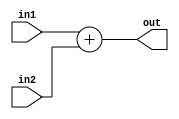
`timescale 1ns / 1ps


module adder #(parameter data_width = 32)(
    input [data_width-1:0] in1,
    input [data_width-1:0] in2,
    output wire [data_width-1:0] out
);
    assign out = in1 + in2;
endmodule

module ALU #(parameter data_width = 32, ctrlLen = 4)(
    input [data_width-1:0] in1,
    input [data_width-1:0] in2,
    input [ctrlLen-1:0] ALUctrl,
    output reg [data_width-1:0] ALUResult,
    output wire zero
);
    assign zero = (ALUResult == 0)? 1:0;
    always @(in1, in2, ALUctrl) begin
        case(ALUctrl)
            4'h0: ALUResult = in1 & in2; // and
            4'h1: ALUResult = in1 | in2; // or
            4'h2: ALUResult = in1 + in2; //add
            4'h3: ALUResult = in1 - in2; //sub
            4'h4: ALUResult = (in1 == in2); // bne
            4'h5: ALUResult = in1 << in2; // sll
            4'h6: ALUResult = in1 >> in2; // srl
            4'h7: ALUResult = ($signed(in1)) >>> in2; //sra
            4'h8: ALUResult = ($signed(in1) < $signed(in2))? 0:1; // blt
            4'h9: ALUResult = ($signed(in1) < $signed(in2))? 1:0; // bge
            default: ALUResult = 0;                
        endcase
    end
endmodule

module ALUcontrol #(parameter len = 4)(
    input [1:0] ALUOp,
    input [len-1:0] inst,
    output reg [len-1:0] ctrl
);
    always @(ALUOp, inst) begin
        ctrl <= 0;
        case(ALUOp)
            2'b00: ctrl <= 4'h2; // lw, sw, jal
            2'b01: begin
                case(inst[len-2:0])
                    3'b000: ctrl <= 4'h3; // beq
                    3'b001: ctrl <= 4'h4; // bne
                    3'b100: ctrl <= 4'h8; // blt
                    3'b101: ctrl <= 4'h9; // bge
                endcase
            end
            2'b10: begin
                case(inst[2:0])
                    3'b000: ctrl <= (inst[3])? 4'h3 : 4'h2; // sub, add
                    3'b111: ctrl <= 4'h0; // and
                    3'b110: ctrl <= 4'h1; // or
                    3'b001: ctrl <= 4'h5; // sll
                    3'b101: ctrl <= (inst[3])? 4'h7 : 4'h6; // sra, srl
                endcase
            end
            2'b11: begin
                case (inst[2:0])
                    3'b000: ctrl <= 4'h2; // addi
                    3'b111: ctrl <= 4'h0; // andi
                    3'b001: ctrl <= 4'h5; // slli
                    3'b101: ctrl <= (inst[3])? 4'h7 : 4'h6; // srai, srli
                endcase
            end
        endcase
    end
endmodule

module branch_compare #(parameter data_width = 32)(
    input [data_width-1:0] Rdata1,
    input [data_width-1:0] Rdata2,
    input Branch,
    input [2:0] funct3,
    output reg en
);
    initial begin en = 0; end
    always @(*) begin
        if (Branch == 0) begin en <= 0; end
        else begin
            case (funct3)
                3'b000: en <= (Rdata1 == Rdata2)? 1:0; // beq
                3'b001: en <= (Rdata1 == Rdata2)? 0:1; // bne
                3'b100: en <= (Rdata1 < Rdata2)? 1:0; // blt
                3'b101: en <= (Rdata1 < Rdata2)? 0:1; // bge
            endcase
        end
    end
endmodule

module branch_forward #(parameter addr_width = 8)(
    input Branch,
    input [addr_width-1:0] rs1,
    input [addr_width-1:0] rs2,
    input [addr_width-1:0] MEM_rd,
    input MEM_RegWrite,
    input MEM_MemRead,
    input [addr_width-1:0] EX_rd,
    input EX_RegWrite,
    output reg forward_1,
    output reg forward_2,
    output reg stall
);
    initial begin forward_1 = 0; forward_2 = 0; stall = 0; end
    always @(*) begin
        if (Branch == 1) begin
            forward_1 = ((MEM_rd == rs1) & MEM_RegWrite & ~MEM_MemRead);
            forward_2 = ((MEM_rd == rs2) & MEM_RegWrite & ~MEM_MemRead);
            stall = (MEM_RegWrite & MEM_MemRead & (MEM_rd == rs1 | MEM_rd == rs2)) | (EX_RegWrite & (EX_rd == rs1 | EX_rd == rs2));
        end 
        else begin {forward_1, forward_2, stall} = 3'b000; end
    end

endmodule

module Control(
    input [6:0] Ctrlin,
    input [2:0] funct3,
    output wire ALUSrc,
    output wire [1:0] ALUOp,
    output wire MemWrite,
    output wire MemRead,
    output wire RegWrite,
    output wire Branch,
    output wire MemtoReg,
    output wire WdataSrc,
    output wire RdataSrc,
    output wire storeType,
    output wire [1:0] loadType
);
    reg [12:0] bus = 0;
    assign {ALUSrc, ALUOp, MemWrite, MemRead, Branch, MemtoReg, RegWrite, WdataSrc, RdataSrc, storeType, loadType} = bus;
    always @(*) begin
        case(Ctrlin)
            7'b0110011: bus <= 13'b0100000100000; // add, sub, and, or, sll, srl
            7'b0010011: bus <= 13'b1110000100000; // addi, andi, slli
            7'b0000011: begin //lw
                case (funct3)
                    3'b000: bus <= 13'b1000101100001; //lb
                    3'b100: bus <= 13'b1000101100010; //lbu
                    default: bus <= 13'b1000101100000; //lw
                endcase
            end
            7'b0100011: begin //sw
                case (funct3)
                    3'b000: bus<= 13'b1001000000100; //sb
                    default: bus <= 13'b1001000000000; //sw
                endcase       
            end     
            7'b1100011: bus <= 13'b0010010000000; // beq, bne, bge, blt
            7'b1100111: bus <= 13'b0000010001000; // jalr
            7'b1101111: bus <= 13'b1000010110000; // jal
            default: bus <= 0;
        endcase
    end
endmodule

module DataMem #(parameter addr_width=32, data_width=32, memNum = 12)(
    input MemWrite,
    input MemRead,
    input [addr_width-1:0] addr,
    input [data_width-1:0] Wdata,
    input clk,
    input storeType,
    input [1:0] loadType,
    output reg [data_width-1:0] Rdata
);
    // To-Do: change
    localparam regNum = 1 << memNum;
    reg [7:0] dataMem [regNum-1:0];
    integer i;
    initial begin for(i=0;i<regNum;i=i+1) dataMem[i] = 0; end
    always @(negedge clk) begin
        if (MemRead == 0) Rdata <= 0;
        else begin
            case(loadType)
                2'b00: Rdata <= {dataMem[addr+3], dataMem[addr+2], dataMem[addr+1], dataMem[addr]}; // lw
                2'b01: Rdata <= {{24{dataMem[addr][7]}}, dataMem[addr]}; //lb
                2'b10: Rdata <= {24'b0, dataMem[addr]}; //lbu
                default: Rdata <= 0;                    
            endcase
        end
    end
    always @(posedge clk) begin
        if (MemWrite == 1'b1) begin 
            if (storeType == 1'b1) dataMem[addr] <= Wdata[7:0]; //sb
            else begin
                {dataMem[addr+3], dataMem[addr+2], dataMem[addr+1], dataMem[addr]} <= Wdata;
            end //sw
        end
    end
endmodule

module forward_mux #(parameter data_width = 32)(
    input [data_width-1:0] Rdata,
    input [data_width-1:0] MEM_Wdata,
    input [data_width-1:0] WB_Wdata,
    input [1:0] sel,
    output reg [data_width-1:0] out
);
    always @(*) begin
        case (sel)
            2'b10: out <= MEM_Wdata;
            2'b01: out <= WB_Wdata;
            default: out <= Rdata;
        endcase
    end
endmodule

module forward_unit #(parameter addr_width = 8)(
    input [addr_width-1:0] rs1,
    input [addr_width-1:0] rs2,
    input [addr_width-1:0] MEM_rd,
    input [addr_width-1:0] WB_rd,
    input MEM_RegWrite,
    input WB_RegWrite,
    output reg [1:0] forward_A,
    output reg [1:0] forward_B 
);
    initial begin forward_A = 0; forward_B = 0; end
    always @(*) begin
        if (MEM_RegWrite == 1'b1 & MEM_rd != 0 & MEM_rd == rs1) begin forward_A <= 2'b10; end
        else if (WB_RegWrite == 1'b1 & WB_rd != 0 & WB_rd == rs1) begin forward_A <= 2'b01; end
        else begin forward_A <= 0; end
    end
    always @(*) begin
        if (MEM_RegWrite == 1'b1 & MEM_rd != 0 & MEM_rd == rs2) begin forward_B <= 2'b10; end
        else if (WB_RegWrite == 1'b1 & WB_rd != 0 & WB_rd == rs2) begin forward_B <= 2'b01; end
        else begin forward_B <= 0; end
    end
endmodule

module hazard_unit #(parameter addr_width = 8)(
    input clk,
    input [addr_width-1:0] rs1,
    input [addr_width-1:0] rs2,
    input [addr_width-1:0] EX_rd,
    input EX_MemRead,
    output reg PCWrite,
    output reg IF_ID_Write,
    output reg hazard
);
    initial begin PCWrite = 1; IF_ID_Write = 1; hazard = 0; end
    always @(negedge clk) begin
        if (EX_MemRead == 1 & EX_rd != 0 & (rs1 == EX_rd | rs2 == EX_rd)) begin
            {PCWrite, IF_ID_Write, hazard} <= 3'b001;
        end
        else begin {PCWrite, IF_ID_Write, hazard} <= 3'b110; end
    end
endmodule

module ImmGen(
    input [31:0] M, 
    output reg [31:0] imm
);
    always @(M) begin
        if (M[6:0] == 7'h03 || M[6:0] == 7'h0f || M[6:0] == 7'h13 || M[6:0] == 7'h67 || M[6:0] == 7'h73) begin
            imm <= {{21{M[31]}}, M[30:20]}; // I-type
        end
        else if (M[6:0] == 7'h23) begin
            imm <= {{21{M[31]}}, M[30:25], M[11:7]}; // S-type
        end
        else if (M[6:0] == 7'h63) begin
            imm <= {{21{M[31]}}, M[7], M[30:25], M[11:8]}; // B-type
        end
        else if (M[6:0] == 7'h17 || M[6:0] == 7'h37) begin
            imm <= {{13{M[31]}}, M[30:12]}; // U-type
        end
        else if (M[6:0] == 7'h6f) begin
            imm <= {{13{M[31]}}, M[19:12], M[20], M[30:21]}; // J-type
        end
        else begin imm <= 0; end
    end
endmodule

module InstrMem #(parameter instrNum=8, addr_width=8, instr_width=32)(
    input [instr_width-1:0] addr,
    output reg [instr_width-1:0] instruction
);
    localparam regNum = 1 << instrNum;
    reg [instr_width-1:0] instrMem [regNum-1:0];
    integer i;
    initial begin 
        for (i=0;i<regNum;i=i+1) begin instrMem[i] = 0; end
        $readmemb("./test.txt", instrMem);
        instruction = 0;
    end
    always @(*) begin instruction = instrMem[addr >> 2]; end
endmodule

module SubInstr #(parameter addr_width=8, instr_width=32)(
    input [instr_width-1:0] instruction,
    output wire [addr_width-1:0] Raddr1,
    output wire [addr_width-1:0] Raddr2,
    output wire [addr_width-1:0] Waddr,
    output wire [6:0] opcode,
    output wire [3:0] ALUin,
    output wire [2:0] funct3
);
    assign opcode = instruction[6:0];
    assign ALUin = {instruction[30], instruction[14:12]};
    assign Raddr1 = instruction[19:15];
    assign Raddr2 = instruction[24:20];
    assign Waddr = instruction[11:7];
    assign funct3 = instruction[14:12];
endmodule

module mux_2_to_1 #(parameter data_width = 32)(
    input [data_width-1:0] in1,
    input [data_width-1:0] in2,
    input sel,
    output [data_width-1:0] out 
);
    assign out = (sel==0)? in1 : in2;
endmodule

module PC #(parameter addr_width = 32)(
    input [addr_width-1:0] nextPC,
    input clk,
    input en,
    output reg [addr_width-1:0] addr
);
    initial begin addr <= 0; end
    always @(posedge clk) begin if (en) addr <= nextPC; end
endmodule

module Register #(parameter addr_width = 8, data_width = 32)(
    input [addr_width-1:0] Raddr1,
    input [addr_width-1:0] Raddr2, 
    input [addr_width-1:0] Waddr,
    input [data_width-1:0] Wdata,
    input clk,
    input RegWrite,
    output reg [data_width-1:0] Rdata1,
    output reg [data_width-1:0] Rdata2
);
    localparam regNum = 1 << addr_width;
    reg [data_width-1:0] register [regNum-1:0];
    integer i;
    initial begin for(i=0;i<regNum;i=i+1) register[i] = 0; end

    always @(posedge clk) begin 
        if (RegWrite == 1'b1 & Waddr != 0) register[Waddr] <= Wdata; 
    end
    always @(negedge clk) begin
        Rdata1 = (RegWrite == 1 & Waddr == Raddr1)? Wdata:register[Raddr1]; 
        Rdata2 = (RegWrite == 1 & Waddr == Raddr2)? Wdata:register[Raddr2];
    end
endmodule

module shifter #(parameter data_width=32)(
    input [data_width-1:0] imm,
    output wire [data_width-1:0] out
);
    assign out = imm << 1;
endmodule

module state_register #(parameter length = 13)(
    input [length-1:0] in,
    input clk,
    input en,
    input clr,
    output reg [length-1:0] out
);
    initial begin out = 0; end
    always @(posedge clk) begin 
        if (en & ~clr) out <= in; 
        else out <= 0;
    end
endmodule

module top #(
    parameter data_width = 32,
    parameter addr_width = 8,
    parameter instr_width = 32,
    parameter len = 4
)(input clk);

    // IF:
    wire [instr_width-1:0] out1;
    wire [instr_width-1:0] out2;
    wire PCsrc;
    wire [instr_width-1:0] potentialPC;
    wire [instr_width-1:0] nextPC;
    wire [instr_width-1:0] addr;
    wire [instr_width-1:0] instruction;
    
    // ID:
    wire [instr_width-1:0] ID_addr;
    wire [instr_width-1:0] ID_instruction;
    wire [instr_width-1:0] ID_out1;
    wire [addr_width-1:0] Raddr1;
    wire [addr_width-1:0] Raddr2;
    wire [addr_width-1:0] Waddr;
    wire [6:0] opcode;
    wire [3:0] ALUin;
    wire [2:0] funct3;
    wire Branch;
    wire [instr_width-1:0] imm;
    wire [addr_width-1:0] WB_Waddr;
    wire MemRead;
    wire MemtoReg;
    wire [1:0] ALUOp;
    wire MemWrite;
    wire ALUSrc;
    wire RegWrite;
    wire WB_RegWrite;
    wire WdataSrc;
    wire RdataSrc;
    wire storeType;
    wire [1:0] loadType;
    wire [data_width-1:0] WdataReg;
    wire [data_width-1:0] Rdata1;
    wire [data_width-1:0] Rdata2;
    wire [data_width-1:0] rs1_data;
    wire [data_width-1:0] rs2_data;
    wire PCWrite;
    wire IF_ID_Write;
    wire hazard;
    wire [11:0] control_signal;
    wire [11:0] ID_EX_control;
    wire en;
    wire IF_ID_en;
    wire IF_ID_clr;
    wire forward_1;
    wire forward_2;
    wire [instr_width-1:0] temp;
    wire branch_stall;

    // EX:
    wire [instr_width-1:0] EX_imm;
    wire [instr_width-1:0] EX_out1;
    wire zero;
    wire [instr_width-1:0] EX_addr;
    wire [3:0] EX_ALUin;
    wire [addr_width-1:0] EX_Waddr;
    wire EX_MemRead;
    wire EX_MemtoReg;
    wire [1:0] EX_ALUOp;
    wire EX_MemWrite;
    wire EX_ALUSrc;
    wire EX_RegWrite;
    wire EX_WdataSrc;
    wire EX_RdataSrc;
    wire EX_storeType;
    wire [1:0] EX_loadType;
    wire [data_width-1:0] EX_Rdata1;
    wire [data_width-1:0] EX_Rdata2;
    wire [data_width-1:0] in2;
    wire [len-1:0] ctrl;
    wire [data_width-1:0] ALUResult;
    wire [1:0] forward_A;
    wire [1:0] forward_B;
    wire [data_width-1:0] ALU_in1;
    wire [data_width-1:0] ALU_in2;
    wire [addr_width-1:0] EX_Raddr1;
    wire [addr_width-1:0] EX_Raddr2;

    // MEM:
    wire [instr_width-1:0] MEM_out1;
    wire [addr_width-1:0] MEM_Waddr;
    wire MEM_MemRead;
    wire MEM_MemtoReg;
    wire MEM_MemWrite;
    wire MEM_RegWrite;
    wire MEM_WdataSrc;
    wire MEM_RdataSrc;
    wire MEM_storeType;
    wire [1:0] MEM_loadType;
    wire [data_width-1:0] MEM_Rdata1;
    wire [data_width-1:0] MEM_Rdata2;
    wire [data_width-1:0] MEM_ALUResult;
    wire [data_width-1:0] Rdata; // DataMem output
    wire [addr_width-1:0] MEM_Raddr2;
    wire MEMsrc;
    wire [data_width-1:0] MEM_in;

    // WB:
    wire [instr_width-1:0] WB_out1;
    wire WB_MemtoReg;
    wire WB_MemRead;
    wire WB_WdataSrc;
    wire WB_RdataSrc;
    wire [data_width-1:0] Wdata;
    wire [data_width-1:0] WB_ALUResult;
    wire [data_width-1:0] WB_Rdata;
    wire SelSrc;


    // IF:
    PC uut0(nextPC, clk, PCWrite, addr);
    InstrMem uut1(addr, instruction);
    adder uut2(addr, 4, out1);
    mux_2_to_1 uut3(out1, out2, PCsrc, potentialPC);
    mux_2_to_1 uut4(potentialPC, ALUResult, EX_RdataSrc, nextPC);

    // ID:
    assign IF_ID_en = (~PCsrc) & IF_ID_Write & (~branch_stall);
    assign IF_ID_clr = PCsrc & (~branch_stall);
    hazard_unit uut28(clk, Raddr1, Raddr2, EX_Waddr, EX_MemRead, PCWrite, IF_ID_Write, hazard);
    SubInstr uut5(ID_instruction, Raddr1, Raddr2, Waddr, opcode, ALUin, funct3);
    Control uut6(opcode, funct3, ALUSrc, ALUOp, MemWrite, MemRead, RegWrite, Branch, MemtoReg, WdataSrc, RdataSrc, storeType, loadType);
    ImmGen uut7(ID_instruction, imm);
    Register register_file(Raddr1, Raddr2, WB_Waddr, WdataReg, clk, WB_RegWrite, rs1_data, rs2_data);
    assign control_signal = {ALUOp, MemRead, MemtoReg, MemWrite, ALUSrc, RegWrite, WdataSrc, RdataSrc, storeType, loadType};
    mux_2_to_1 #(12) uut29(control_signal, 12'b0, hazard, ID_EX_control);
    branch_compare uut31(Rdata1, Rdata2, Branch, funct3, en);
    assign PCsrc = en | WdataSrc;
    branch_forward uut32(Branch, Raddr1, Raddr2, MEM_Waddr, MEM_RegWrite, MEM_MemRead, EX_Waddr, EX_RegWrite, forward_1, forward_2, branch_stall);
    mux_2_to_1 #(32) uut33(rs1_data, MEM_ALUResult, forward_1, Rdata1);
    mux_2_to_1 #(32) uut34(rs2_data, MEM_ALUResult, forward_2, Rdata2);
    shifter uut12(imm, temp);
    adder uut13(ID_addr, temp, out2);
    
    // EX:
    forward_unit uut25(EX_Raddr1, EX_Raddr2, MEM_Waddr, WB_Waddr, MEM_RegWrite, WB_RegWrite, forward_A, forward_B);
    forward_mux uut26(EX_Rdata1, MEM_ALUResult, Wdata, forward_A, ALU_in1);
    forward_mux uut27(EX_Rdata2, MEM_ALUResult, Wdata, forward_B, in2);
    mux_2_to_1 uut8(in2, EX_imm, EX_ALUSrc, ALU_in2); //
    ALUcontrol uut9(EX_ALUOp, EX_ALUin, ctrl);
    ALU uut11(ALU_in1, ALU_in2, ctrl, ALUResult, zero);


    // MEM
    DataMem uut14(MEM_MemWrite, MEM_MemRead, MEM_ALUResult, MEM_in, clk, MEM_storeType, MEM_loadType, Rdata);
    assign MEMsrc = (WB_Waddr != 0) & (WB_Waddr == MEM_Raddr2) & WB_MemRead & MEM_MemWrite;
    mux_2_to_1 uut30(MEM_Rdata2, Wdata, MEMsrc, MEM_in);

    // WB
    mux_2_to_1 uut15(WB_ALUResult, WB_Rdata, WB_MemtoReg, Wdata);
    mux_2_to_1 uut16(Wdata, WB_out1, SelSrc, WdataReg);
    assign SelSrc = WB_WdataSrc | WB_RdataSrc;

    // state register
    // IF/ID:
    state_register #(96) uut17({addr, instruction, out1}, clk, IF_ID_en, IF_ID_clr, {ID_addr, ID_instruction, ID_out1});
    // ID/EX:
    state_register #(96) uut18({imm, ID_addr, ID_out1}, clk, 1'b1, 1'b0, {EX_imm, EX_addr, EX_out1});
    state_register #(92) uut19({Waddr, ALUin, Rdata1, Rdata2, Raddr1, Raddr2}, clk, 1'b1, 1'b0, {EX_Waddr, EX_ALUin, EX_Rdata1, EX_Rdata2, EX_Raddr1, EX_Raddr2});
    state_register #(12) uut20(ID_EX_control, clk, 1'b1, 1'b0, {EX_ALUOp, EX_MemRead, EX_MemtoReg, EX_MemWrite, EX_ALUSrc, EX_RegWrite, EX_WdataSrc, EX_RdataSrc, EX_storeType, EX_loadType});
    // EX/MEM:
    state_register #(144) uut21({EX_out1, EX_Waddr, EX_Rdata1, in2, ALUResult, EX_Raddr2}, clk, 1'b1, 1'b0, {MEM_out1, MEM_Waddr, MEM_Rdata1, MEM_Rdata2, MEM_ALUResult, MEM_Raddr2});
    state_register #(4) uut22({EX_MemRead, EX_MemtoReg, EX_MemWrite, EX_RegWrite}, clk, 1'b1, 1'b0, {MEM_MemRead, MEM_MemtoReg, MEM_MemWrite, MEM_RegWrite});
    state_register #(5) uut23({EX_loadType, EX_storeType, EX_WdataSrc, EX_RdataSrc}, clk, 1'b1, 1'b0, {MEM_loadType, MEM_storeType,MEM_WdataSrc, MEM_RdataSrc});
    // MEM/WB:
    state_register #(109) uut24({MEM_out1, MEM_MemtoReg, MEM_WdataSrc, MEM_ALUResult, Rdata, MEM_RegWrite, MEM_Waddr, MEM_RdataSrc, MEM_MemRead}, clk, 1'b1, 1'b0, {WB_out1, WB_MemtoReg, WB_WdataSrc, WB_ALUResult, WB_Rdata, WB_RegWrite, WB_Waddr, WB_RdataSrc, WB_MemRead});
endmodule //top